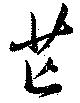
芒